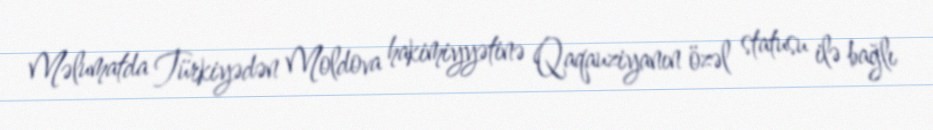
Məlumatda Türkiyədən Moldova hakimiyyətinə Qaqauziyanın özəl statusu ilə bağlı